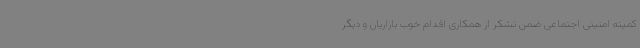
کمیته امنیتی اجتماعی ضمن تشکر از همکاری اقدام خوب بازاریان و دیگر